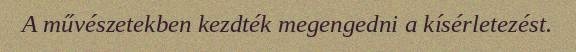
A művészetekben kezdték megengedni a kísérletezést.